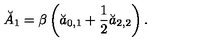
\breve { A } _ { 1 } = \beta \left( \breve { a } _ { 0 , 1 } + \frac 1 2 \breve { a } _ { 2 , 2 } \right) .